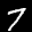
Label: 7